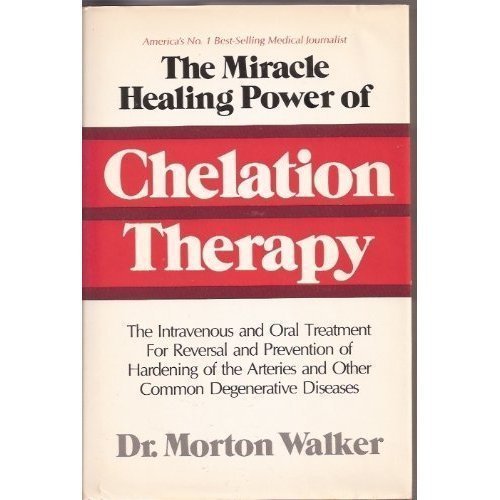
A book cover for The Miracle Healing Power of Chelation Therapy; Morton Walker; Health, Fitness & Dieting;